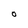
Character: 0